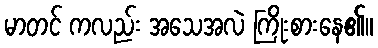
မာတင် ကလည်း အသေအလဲ ကြိုးစားနေ၏။